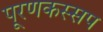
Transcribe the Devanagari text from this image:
पूरणकस्सप